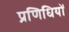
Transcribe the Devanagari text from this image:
प्रणिधियों